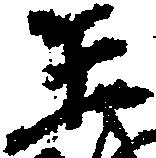
王